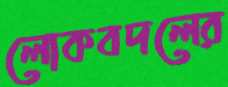
লোকবদলের